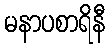
မနာပစာရိနီ